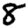
Digit: 8